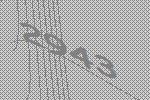
2943